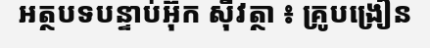
អត្ថបទបន្ទាប់អ៊ុក ស៊ីវត្ថា ៖ គ្រូបង្រៀន